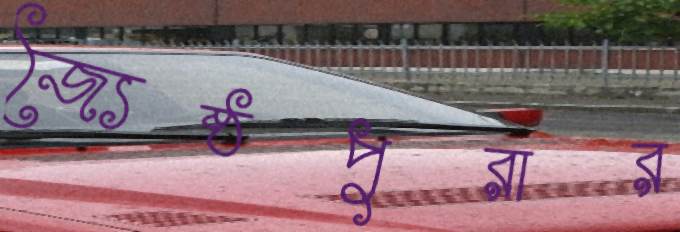
জ্যৈষ্ঠপুরার